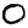
Digit: 0